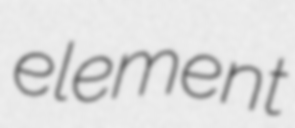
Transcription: element